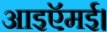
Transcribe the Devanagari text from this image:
आइऍमई।